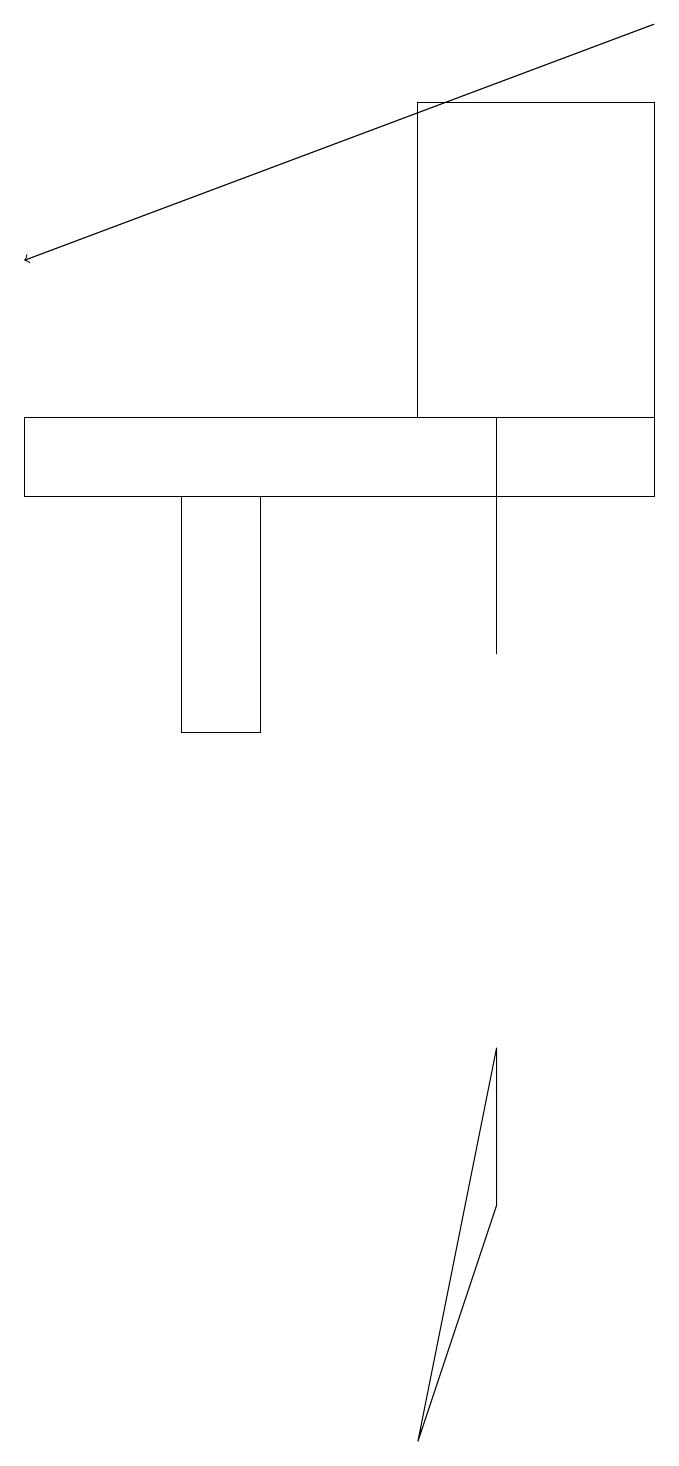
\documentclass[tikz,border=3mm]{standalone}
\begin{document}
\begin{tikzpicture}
\draw (6,11) rectangle (6,14);
\draw (2,13) rectangle (3,10);
\draw (6,4) -- (6,6) -- (5,1) -- cycle;
\draw (5,18) rectangle (8,14);
\draw (0,14) rectangle (8,13);
\draw[->] (8,19) -- (0,16);
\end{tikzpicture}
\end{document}